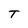
Character: T